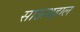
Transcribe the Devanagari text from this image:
साऊथहाल